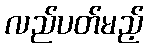
လည်ပတ်မည့်